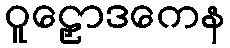
ဝူဠှောဒကေန